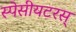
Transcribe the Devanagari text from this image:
स्पेसीयटरस्